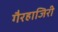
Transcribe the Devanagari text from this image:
गैरहाजिरी